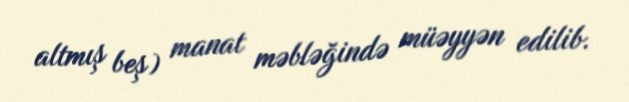
altmış beş) manat məbləğində müəyyən edilib.